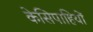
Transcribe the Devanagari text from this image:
केसिपाहियों